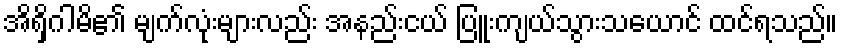
အိရှိဂါမိ၏ မျက်လုံးများလည်း အနည်းငယ် ပြူးကျယ်သွားသယောင် ထင်ရသည်။